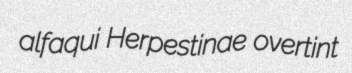
alfaqui Herpestinae overtint